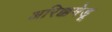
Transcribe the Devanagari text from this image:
अरिक्कमेडू